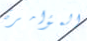
المؤامرة